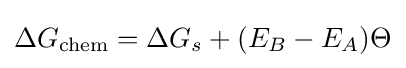
\Delta G_{\text{chem}}=\Delta G_{s}+(E_{B}-E_{A})\Theta